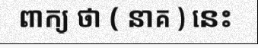
ពាក្យ ថា ( នាគ ) នេះ